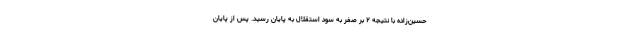
حسین‌زاده با نتیجه ۲ بر صفر به سود استقلال به پایان رسید. پس از پایان